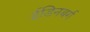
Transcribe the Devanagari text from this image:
ईडिनबर्ग